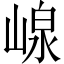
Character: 㟫